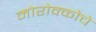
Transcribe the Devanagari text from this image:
मोरोक्कोचे